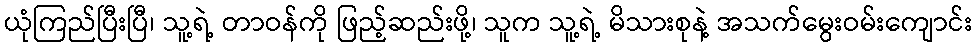
ယုံကြည်ပြီးပြီ၊ သူ့ရဲ့ တာဝန်ကို ဖြည့်ဆည်းဖို့၊ သူက သူ့ရဲ့ မိသားစုနဲ့ အသက်မွေးဝမ်းကျောင်း